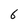
Character: 6